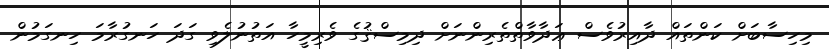
މިހިސާބަށް ކަންތައް ދާއިރުވެސް ޢަދާވާތްތެރިންނަށް ދިމިސްޤުގެ ވެރިމީހާ އަތުނުލެވި ގަދަ ހަނގުރާމަ ހިނގަމުން